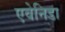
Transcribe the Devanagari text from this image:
एवेनिडा